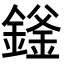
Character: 𬫻